Code of medical and sanitary regulations for the guidance of medical officers serving in the Madras Presidency - Volume II
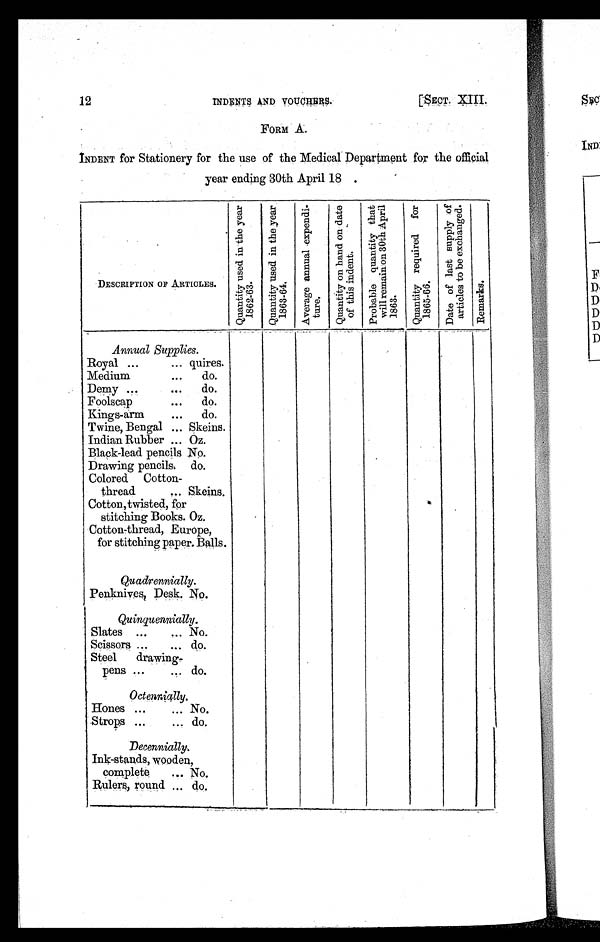
12 INDENTS AND VOUCHERS. [SECT. XIII.
FORM A.
INDENT for Stationery for the use of the Medical Department for the official
year ending 30th April 18.
DESCRIPTION OF ARTICLES.
Q u a n t i t y u s e d i n t h e y e a r
1 8 6 2 - 6 3 .
Q u a n t i t y u s e d i n t h e y e a r
1 8 6 3 - 6 4 .
A v e r a g e a n n u a l e x p e n d i
t u r e .
Q u a n t i t y o n h a n d o n d a t e o f t h i s i n d e n t .
P r o b a b l e q u a n t i t y t h a t
w i l l r e m a i n o n 3 0 t h A p r i l
1863.
Q u a n t i t y r e q u i r e d f o r
1 8 6 5 - 6 6 .
D a t e o f l a s t s u p p l y o f
a r t i c l e s t o b e e x c h a n g e d .
R e m a r k s .
Annual Supplies.
Royal ...
... quires.
Medium
...
do.
Demy ...
...
do.
Foolscap
...
do.
Kings-arm
...
do.
Twine, Bengal ... Skeins.
Indian Rubber ... Oz.
Black-lead pencils No.
.
Drawing pencils. do.
Colored Cotton-
thread
... Skeins.
Cotton, twisted, for
stitching Books. Oz.
Cotton-thread, Europe,
for stitching paper. Balls.
Quadrennially.
Penknives, Desk. No.
Quinquennially.
Slates ...
... No.
Scissors ...
... do.
Steel drawing-
pens ...
... do.
Octennially.
Hones ...
... No.
Strops ...
... do.
Decennially.
Ink-stands, wooden,
complete
... No.
Rulers, round ... do.